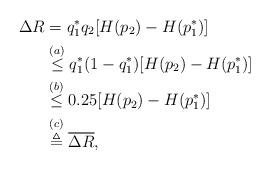
LaTeX: \begin{align*}\Delta R& = q_1^*q_2[H(p_2)-H(p_1^*)]\\& \stackrel{(a)}{\leq} q_1^* (1-q_1^*) [H(p_2)-H(p_1^*)] \\& \stackrel{(b)}{\leq} 0.25[H(p_2)-H(p_1^*)]\\& \stackrel{(c)}{\triangleq} \overline{\Delta R}, \end{align*}